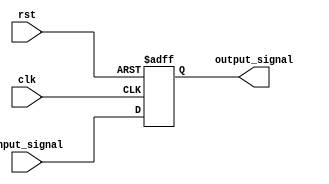
module Inverter_Delay (
    input wire clk,
    input wire rst,
    input wire input_signal,
    output wire output_signal
);

reg delayed_signal;

always @ (posedge clk or posedge rst) begin
    if (rst) begin
        delayed_signal <= 1'b0;
    end else begin
        // Add deliberate delay for synchronization
        #1 delayed_signal <= input_signal;
    end
end

assign output_signal = delayed_signal;

endmodule